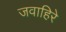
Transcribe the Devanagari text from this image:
जवाहिरे